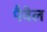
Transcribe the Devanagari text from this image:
पैवेल